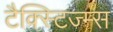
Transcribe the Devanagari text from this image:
टैक्स्टिज्म्स